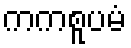
ကကစူပမံ